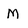
Character: M